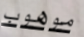
موهوب